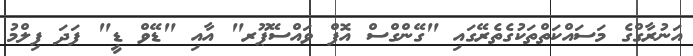
އަނުރާގްގެ މަސައްކަތްތަކުގެތެރޭގައި "ގޭންގްސް އޮފް ވައްސޭޕޫރ" އާއި "ޑޭވް ޑީ" ފަދަ ފިލްމު